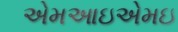
એમઆઇએમઇ